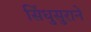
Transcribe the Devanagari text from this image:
सिंधुसुराने